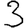
Digit: 3